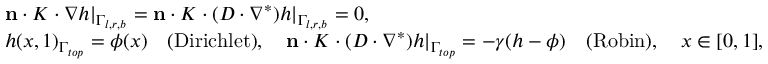
\begin{array} { r } { \begin{array} { l } { \mathbf { n } \cdot K \cdot \nabla h | _ { \Gamma _ { l , r , b } } = \mathbf { n } \cdot K \cdot ( D \cdot \nabla ^ { * } ) h | _ { \Gamma _ { l , r , b } } = 0 , } \\ { h ( x , 1 ) _ { \Gamma _ { t o p } } = \phi ( x ) \quad \mathrm { ( D i r i c h l e t ) } , \quad \mathbf { n } \cdot K \cdot ( D \cdot \nabla ^ { * } ) h | _ { \Gamma _ { t o p } } = - \gamma ( h - \phi ) \quad \mathrm { ( R o b i n ) } , \quad x \in [ 0 , 1 ] , } \end{array} } \end{array}